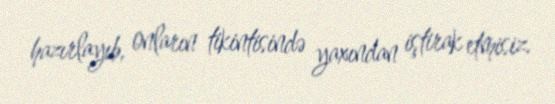
hazırlayıb, onların tikintisində yaxından iştirak etmisiz.